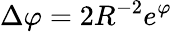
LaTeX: \Delta\varphi=2R^{-2}e^{\varphi}